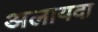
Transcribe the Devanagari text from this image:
अलायदा